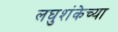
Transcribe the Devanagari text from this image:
लघुशंकेच्या